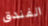
الفندق